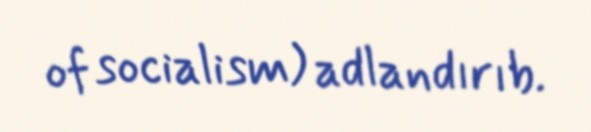
of socialism) adlandırıb.